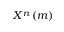
X ^ { n } \left( m \right)